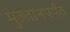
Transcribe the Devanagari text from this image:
मुल्तानपर्यंत